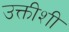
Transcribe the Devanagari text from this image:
उक्तीशी